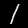
Label: 1